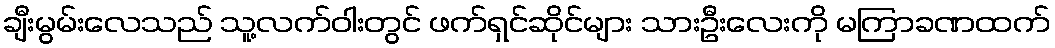
ချီးမွမ်းလေသည် သူ့လက်ဝါးတွင် ဖက်ရှင်ဆိုင်များ သားဦးလေးကို မကြာခဏထက်